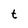
Character: t